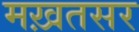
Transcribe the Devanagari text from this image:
मख़तसर